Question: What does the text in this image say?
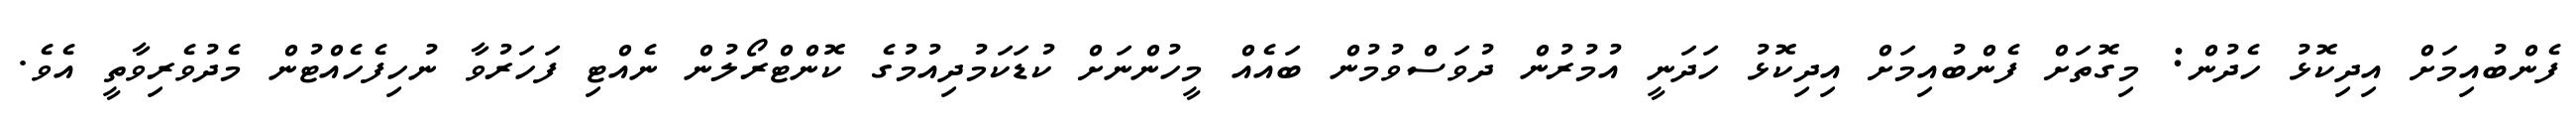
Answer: ފެންބުއިމަށް އިދިކޮޅު ހެދުން: މިގޮތަށް ފެންބުއިމަށް އިދިކޮޅު ހަދަނީ އުމުރުން ދުވަސްވުމުން ބައެއް މީހުންނަށް ކުޑަކަމުދިއުމުގެ ކޮންޓްރޯލުން ނެއްޓި ފަހަރުވާ ނުހިފެހެއްޓުން މެދުވެރިވާތީ އެވެ.